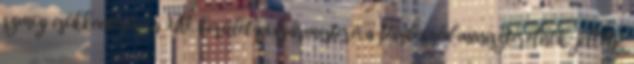
szmog csökkentésére a XIV. kerület polgármestere, a Párbeszéd miniszterelnök-jelöltje